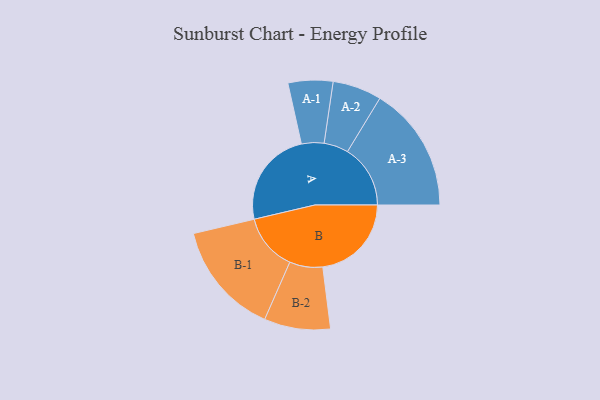
{"axis": {"x": "Segment", "y": "Value"}, "legend": ["", "A", "B"], "data": [{"x": "A", "y": 463, "type": ""}, {"x": "B", "y": 423, "type": ""}, {"x": "A-1", "y": 107, "type": "A"}, {"x": "A-2", "y": 117, "type": "A"}, {"x": "A-3", "y": 300, "type": "A"}, {"x": "B-1", "y": 271, "type": "B"}, {"x": "B-2", "y": 158, "type": "B"}]}